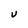
Character: U